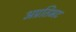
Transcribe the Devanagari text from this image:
अप्रतिभट